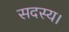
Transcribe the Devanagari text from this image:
सदस्‍य।